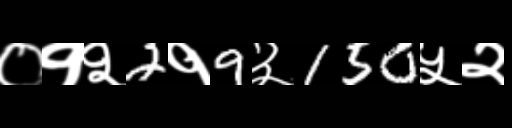
Text: ०१२2१9३150५२